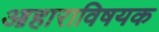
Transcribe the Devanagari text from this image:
आहाराविषयक